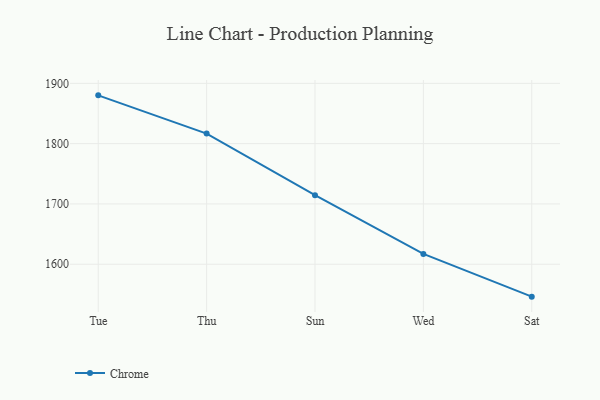
{"axis": {"x": "Day", "y": "Net Income (USD K)"}, "legend": ["Chrome"], "data": [{"x": "Tue", "y": 1880.1, "type": "Chrome"}, {"x": "Thu", "y": 1816.7, "type": "Chrome"}, {"x": "Sun", "y": 1714.6, "type": "Chrome"}, {"x": "Wed", "y": 1617.1, "type": "Chrome"}, {"x": "Sat", "y": 1546.2, "type": "Chrome"}]}